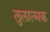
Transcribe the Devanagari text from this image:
तुलात्मक